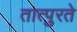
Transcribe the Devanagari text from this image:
तात्पुरतेे